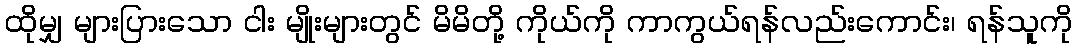
ထိုမျှ များပြားသော ငါး မျိုးများတွင် မိမိတို့ ကိုယ်ကို ကာကွယ်ရန်လည်းကောင်း၊ ရန်သူကို